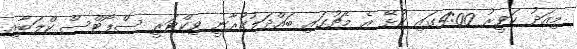
މިއަދު ހަވީރު 4:00ގައި ކުޅޭ އެ މެޗުގައި ބައްދަލުކުރާނީ ވިކްޓަރީ ސްޕޯޓްސް ކްލަބާއި